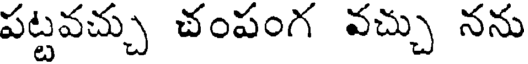
పట్టవచ్చు చంపంగ వచ్చు నను